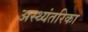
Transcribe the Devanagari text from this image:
अस्थ्यंतरिका